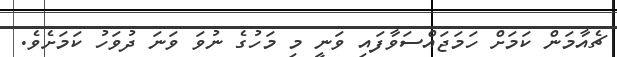
ޗެއާމަން ކަމަށް ހަމަޖައްސަވާފައި ވަނީ މި މަހުގެ ނުވަ ވަނަ ދުވަހު ކަމަށެވެ.